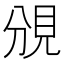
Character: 𧠚